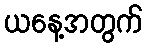
ယနေ့အတွက်